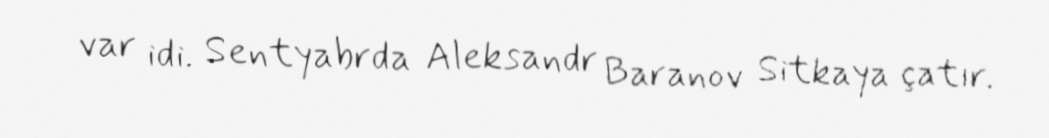
var idi. Sentyabrda Aleksandr Baranov Sitkaya çatır.